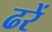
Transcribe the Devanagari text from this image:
ढरें